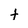
Character: t